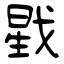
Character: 戥